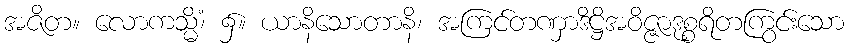
အဇိတ။ လောကသ္မိံ၊ ၌။ ယာနိသောတာနိ၊ အကြင်တဏှာဒိဋ္ဌိအဝိဇ္ဇာဒုစ္စရိတကြွင်းသော